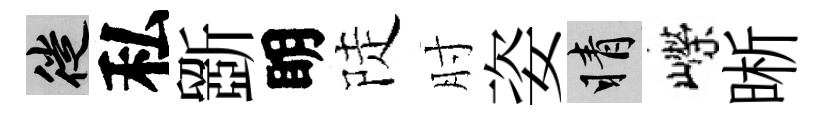
徙私斵眀陡肘姿睛嶸晰